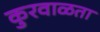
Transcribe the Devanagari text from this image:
कुरवाळता